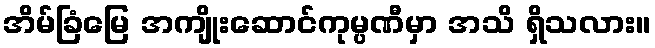
အိမ်ခြံမြေ အကျိုးဆောင်ကုမ္ပဏီမှာ အသိ ရှိသလား။